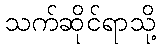
သက်ဆိုင်ရာသို့